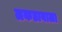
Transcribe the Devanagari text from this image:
लकडावाला